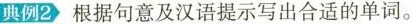
典例2 根据句意及汉语提示写出合适的单词。